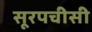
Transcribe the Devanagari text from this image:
सूरपचीसी